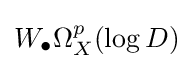
W_{\bullet }\Omega _{X}^{p}(\log D)